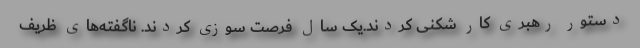
دستور رهبری کار شکنی کردند.یک سال فرصت سوزی کردند. ناگفته‌های ظریف